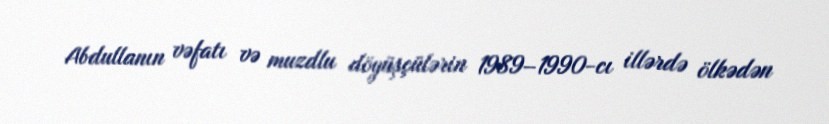
Abdullanın vəfatı və muzdlu döyüşçülərin 1989–1990-cı illərdə ölkədən